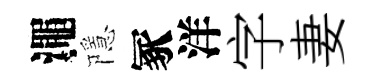
澠隱冢洋字妻